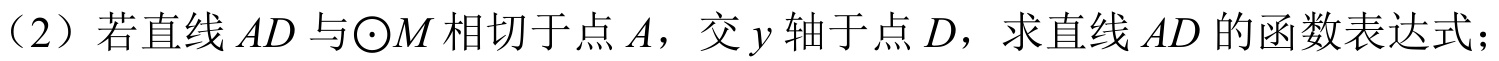
（2）若直线\(AD\)与\(\odot M\)相切于点\(A\)，交\(y\)轴于点\(D\)，求直线\(AD\)的函数表达式；